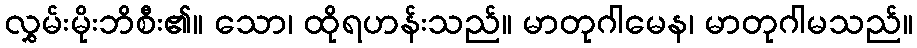
လွှမ်းမိုးဘိစီး၏။ သော၊ ထိုရဟန်းသည်။ မာတုဂါမေန၊ မာတုဂါမသည်။